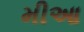
મીઆ